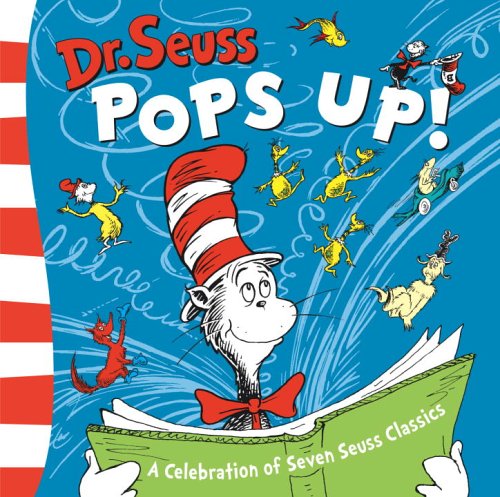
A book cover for Dr. Seuss Pops Up; Dr. Seuss; Literature & Fiction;